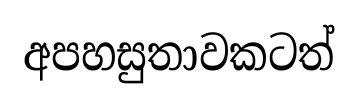
අපහසුතාවකටත්